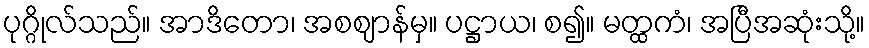
ပုဂ္ဂိုလ်သည်။ အာဒိတော၊ အစဈာန်မှ။ ပဋ္ဌာယ၊ စ၍။ မတ္ထကံ၊ အပြီအဆုံးသို့။